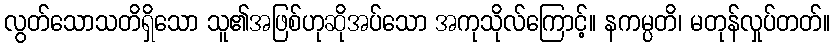
လွတ်သောသတိရှိသော သူ၏အဖြစ်ဟုဆိုအပ်သော အကုသိုလ်ကြောင့်။ နကမ္ပတိ၊ မတုန်လှုပ်တတ်။